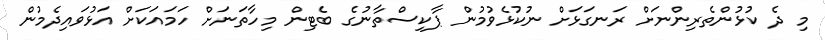
މި ދެ ކުޅުންތެރިންނަށް ރަނގަޅަށް ނުކުޅެވުމުން ޕާކިސްތާނުގެ ބެޓިން މިހާތަނަށް ހަމައަކަށް އަޅުވައިދެމުން